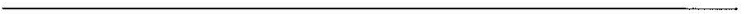
__________________